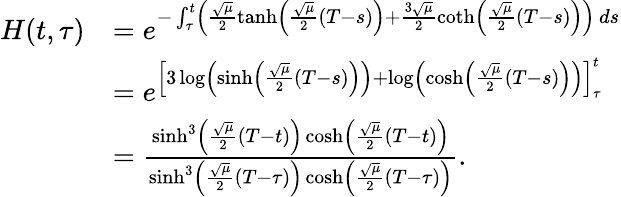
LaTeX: \begin{array}{rl}{H(t,\tau)}&{=e^{-\int_{\tau}^{t}\left(\frac{\sqrt{\mu}}{2}\operatorname{tanh}\left(\frac{\sqrt{\mu}}{2}(T-s)\right)+\frac{3\sqrt{\mu}}{2}\coth\left(\frac{\sqrt{\mu}}{2}(T-s)\right)\right)\, ds}}\\ &{=e^{\left[3\log\left(\sinh\left(\frac{\sqrt{\mu}}{2}(T-s)\right)\right)+\log\left(\cosh\left(\frac{\sqrt{\mu}}{2}(T-s)\right)\right)\right]_{\tau}^{t}}}\\ &{=\frac{\sinh^{3}\left(\frac{\sqrt{\mu}}{2}(T-t)\right)\cosh\left(\frac{\sqrt{\mu}}{2}(T-t)\right)}{\sinh^{3}\left(\frac{\sqrt{\mu}}{2}(T-\tau)\right)\cosh\left(\frac{\sqrt{\mu}}{2}(T-\tau)\right)}.}\end{array}